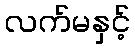
လက်မနှင့်